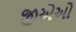
જીએઓ